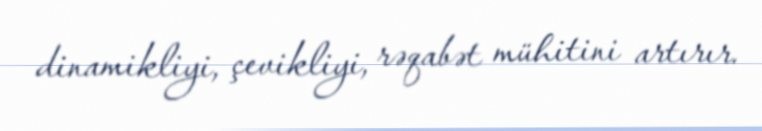
dinamikliyi, çevikliyi, rəqabət mühitini artırır.